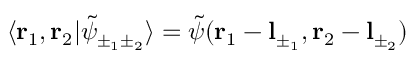
\langle \mathbf { r } _ { 1 } , \mathbf { r } _ { 2 } | \tilde { \psi } _ { \pm _ { 1 } \pm _ { 2 } } \rangle = \tilde { \psi } ( \mathbf { r } _ { 1 } - \mathbf { l } _ { \pm _ { 1 } } , \mathbf { r } _ { 2 } - \mathbf { l } _ { \pm _ { 2 } } )